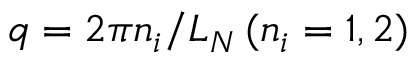
q = 2 \pi n _ { i } / L _ { N } \, ( n _ { i } = 1 , 2 )